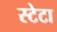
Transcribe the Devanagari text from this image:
स्टेटा